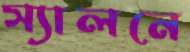
স্যালনে